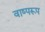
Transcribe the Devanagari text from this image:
वाष्परूप